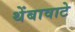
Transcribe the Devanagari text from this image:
थेंबावाटे